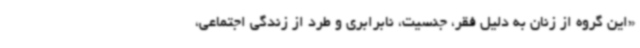
«این گروه از زنان به دلیل فقر، جنسیت، نابرابری و طرد از زندگی اجتماعی،